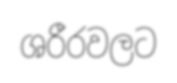
ශරීරවලට